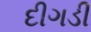
દીગડી